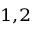
^ { 1 , 2 }